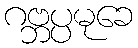
ဂဗ္ဘပ္ပမုခေ